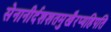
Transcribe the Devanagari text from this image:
सेनानीर्दशशतमुखैरप्यहिपति